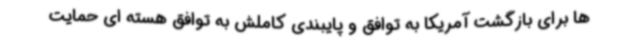
ها برای بازگشت آمریکا به توافق و پایبندی کاملش به توافق هسته ای حمایت